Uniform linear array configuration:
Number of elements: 8
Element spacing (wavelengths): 0.5
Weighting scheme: exponential
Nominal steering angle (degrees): -15
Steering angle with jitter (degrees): -15.192
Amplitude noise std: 0.05
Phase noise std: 0.05

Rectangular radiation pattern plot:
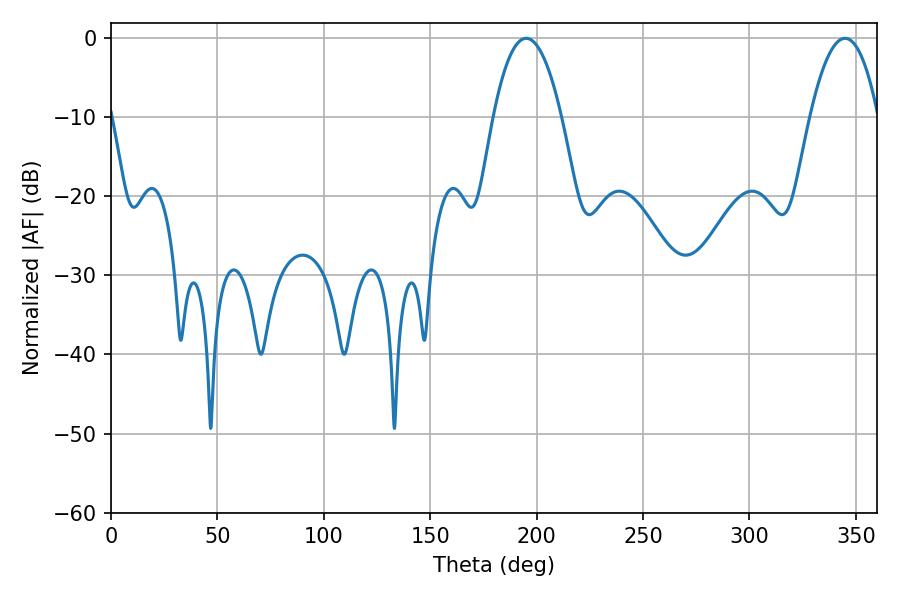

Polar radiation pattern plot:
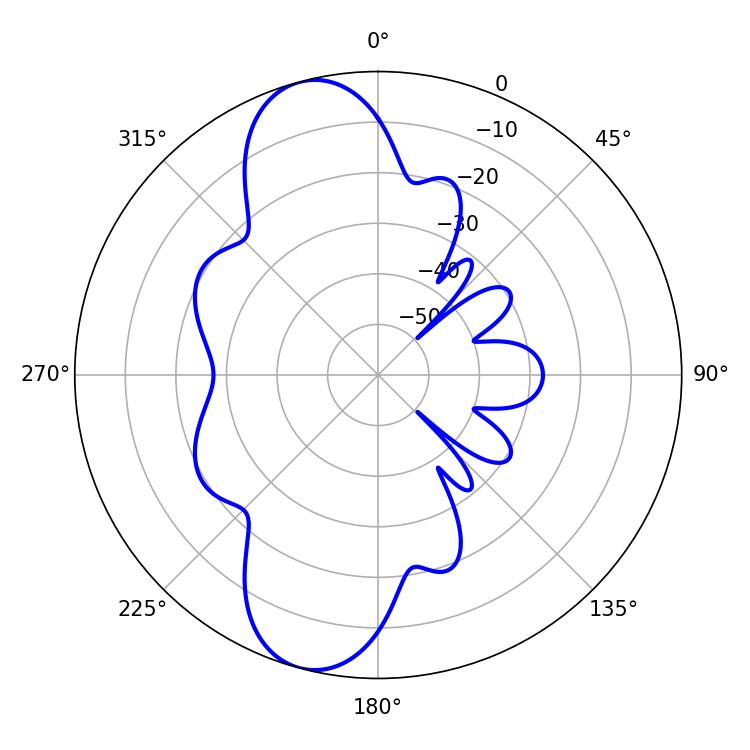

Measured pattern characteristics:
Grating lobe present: FALSE
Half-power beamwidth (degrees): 17.64
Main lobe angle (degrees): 195.12